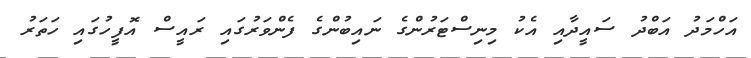
އަހްމަދު އަބްދު ސައީދާއި އެކު މިނިސްޓަރުންގެ ނައިބުންގެ ފެންވަރުގައި ރައީސް އޮފީހުގައި ހަތަރު